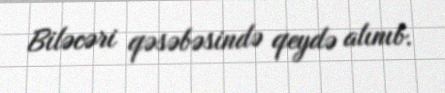
Biləcəri qəsəbəsində qeydə alınıb.